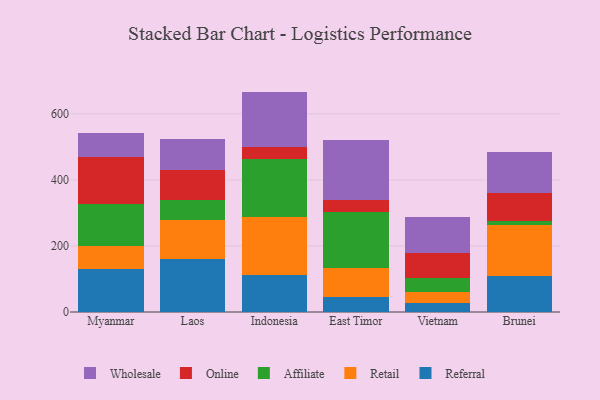
{"axis": {"x": "Country", "y": "Humidity (%)"}, "legend": ["Affiliate", "Online", "Referral", "Retail", "Wholesale"], "data": [{"x": "Myanmar", "y": 128.7, "type": "Referral"}, {"x": "Myanmar", "y": 71.8, "type": "Retail"}, {"x": "Myanmar", "y": 126.7, "type": "Affiliate"}, {"x": "Myanmar", "y": 141.8, "type": "Online"}, {"x": "Myanmar", "y": 72.0, "type": "Wholesale"}, {"x": "Laos", "y": 161.7, "type": "Referral"}, {"x": "Laos", "y": 116.9, "type": "Retail"}, {"x": "Laos", "y": 60.4, "type": "Affiliate"}, {"x": "Laos", "y": 89.8, "type": "Online"}, {"x": "Laos", "y": 94.6, "type": "Wholesale"}, {"x": "Indonesia", "y": 110.9, "type": "Referral"}, {"x": "Indonesia", "y": 176.1, "type": "Retail"}, {"x": "Indonesia", "y": 175.2, "type": "Affiliate"}, {"x": "Indonesia", "y": 38.5, "type": "Online"}, {"x": "Indonesia", "y": 166.5, "type": "Wholesale"}, {"x": "East Timor", "y": 46.2, "type": "Referral"}, {"x": "East Timor", "y": 86.5, "type": "Retail"}, {"x": "East Timor", "y": 170.9, "type": "Affiliate"}, {"x": "East Timor", "y": 36.8, "type": "Online"}, {"x": "East Timor", "y": 180.0, "type": "Wholesale"}, {"x": "Vietnam", "y": 27.5, "type": "Referral"}, {"x": "Vietnam", "y": 32.4, "type": "Retail"}, {"x": "Vietnam", "y": 43.3, "type": "Affiliate"}, {"x": "Vietnam", "y": 74.2, "type": "Online"}, {"x": "Vietnam", "y": 109.6, "type": "Wholesale"}, {"x": "Brunei", "y": 109.1, "type": "Referral"}, {"x": "Brunei", "y": 153.3, "type": "Retail"}, {"x": "Brunei", "y": 11.8, "type": "Affiliate"}, {"x": "Brunei", "y": 86.3, "type": "Online"}, {"x": "Brunei", "y": 125.3, "type": "Wholesale"}]}